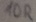
Text: 10R